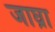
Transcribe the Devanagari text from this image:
जाघ्रा